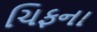
ચિફના